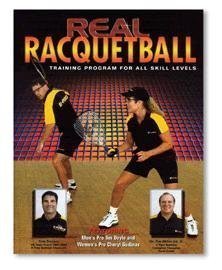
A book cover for Real Racquetball; Tom Travers; Sports & Outdoors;